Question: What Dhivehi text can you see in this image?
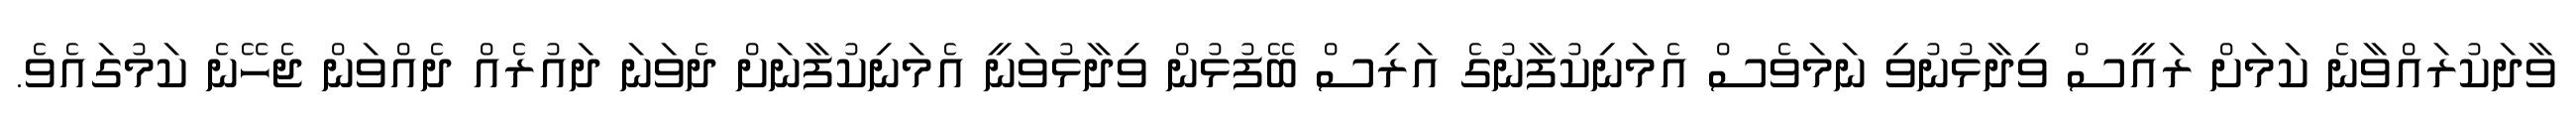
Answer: ވާދަކުރައްވާނެ ކަމަށް ރައީސް ވިދާޅުނުވި ނަމަވެސް އެމަނިކުފާނުގެ އަރިސް ބޭފުޅުން ވިދާޅުވަނީ އެމަނިކުފާނަށް ދެވަނަ ދައުރެއް ދެއްވަން ޖެހޭނެ ކަމުގައެވެ.